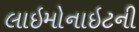
લાઇમોનાઇટની